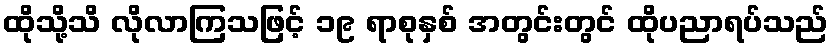
ထိုသို့သိ လိုလာကြသဖြင့် ၁၉ ရာစုနှစ် အတွင်းတွင် ထိုပညာရပ်သည်